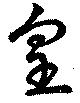
皇